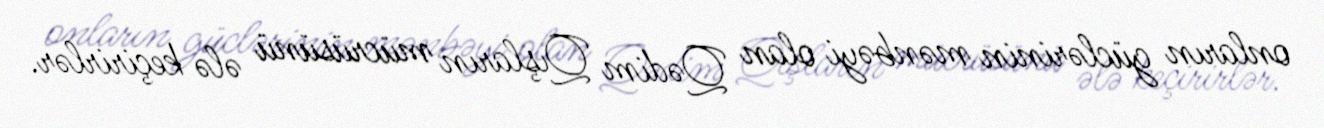
onların güclərinin mənbəyi olan Qədim Qışların mücrüsünü ələ keçirirlər.